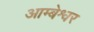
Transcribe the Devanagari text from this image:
आम्बेश्वर